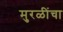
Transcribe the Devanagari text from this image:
मुरळींचा